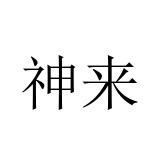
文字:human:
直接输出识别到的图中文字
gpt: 神来